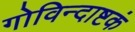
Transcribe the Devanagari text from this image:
गोविन्दाष्टकं